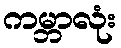
ကမ္ဘာလုံး